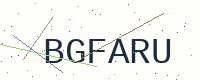
Text: BGFARU